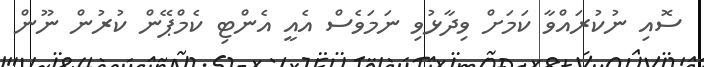
ސޮއި ނުކުރައްވާ ކަމަށް ވިދާޅުވި ނަމަވެސް އެއީ އެންޓި ކެމްޕޭން ކުރުން ނޫން